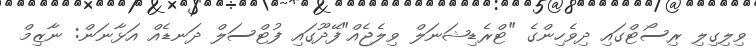
ވިލިގިލި ރިސޯޓްގައި ދިވެހިންގެ "ޓްރެޑިޝަނަލް ވިލެޖެއް"ފޭދޫގައި ފުޓްސަލް ދަނޑެއް އަޅާނަން: ނާޒިމް